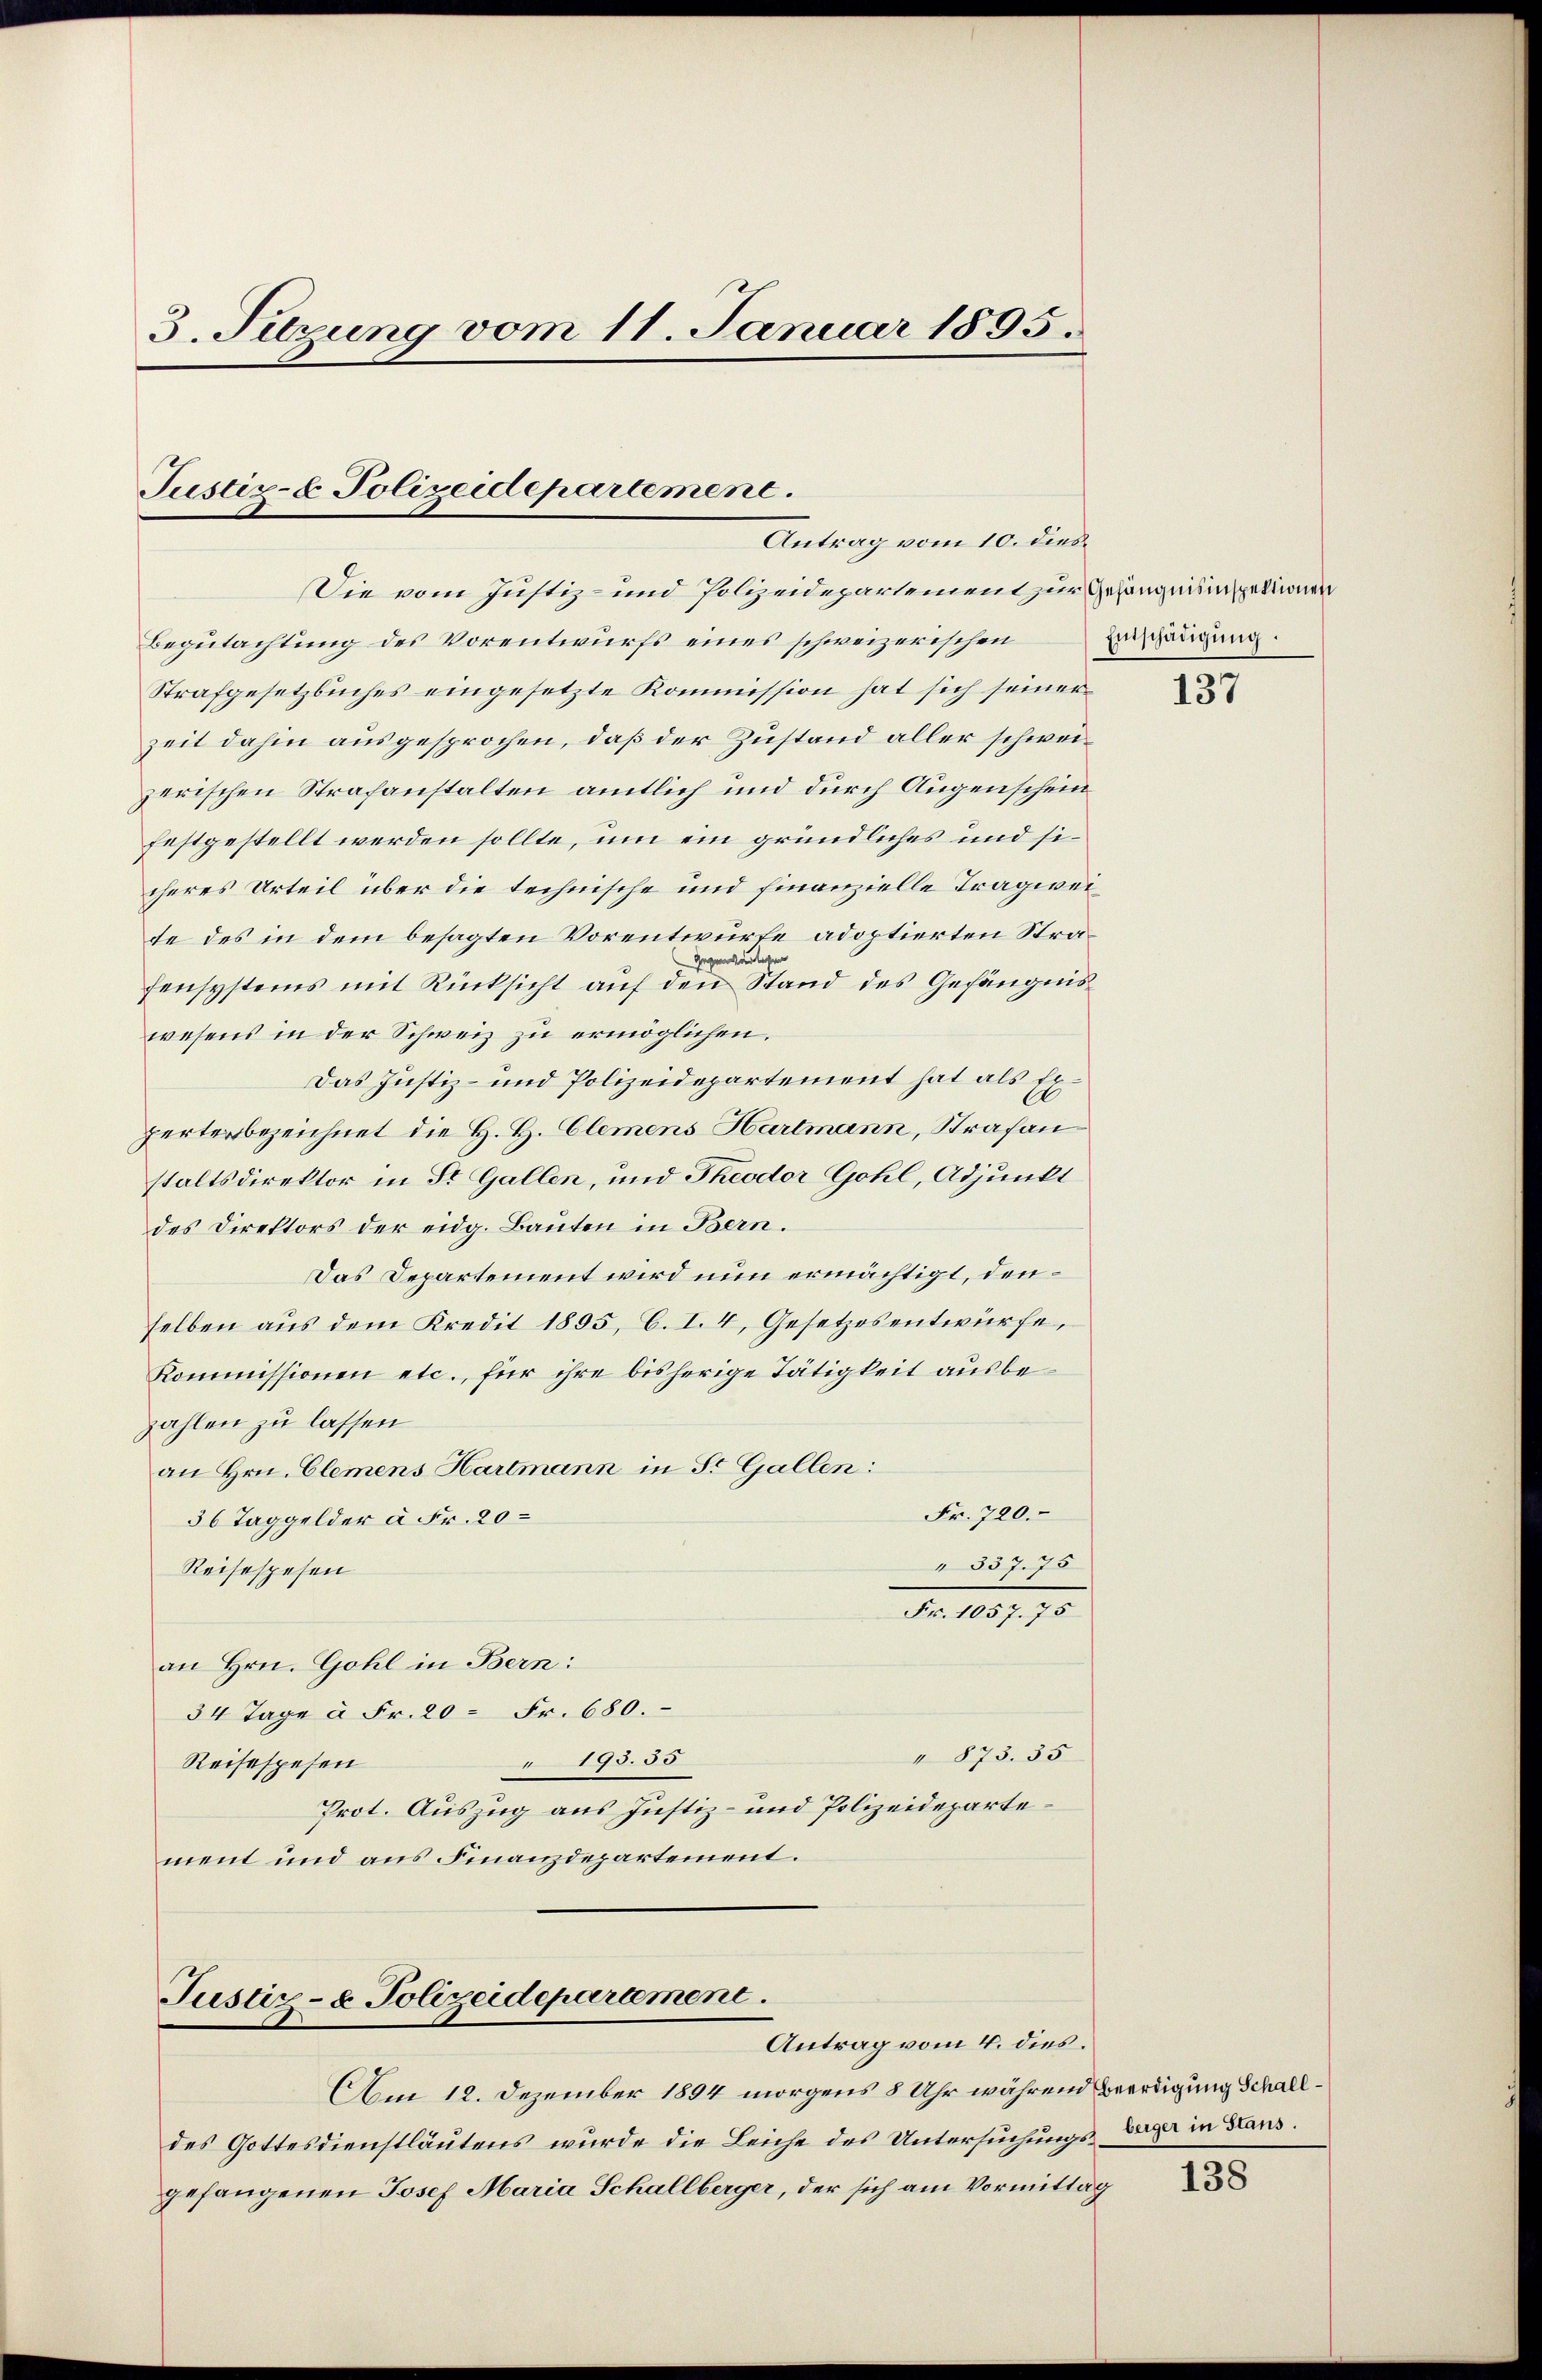
3. Sitzung vom 11. Januar 1895.

Justiz- & Polizeidepartement.
Antrag vom 10. dies

Die vom Justiz- und Polizeidepartement zur Gefangeningetronen
Begutachtung des Vorentwurfs eines schweizerischen
Strafgesetzbuches eingesetzte Kommission hat sich seiner
zeit dahin ausgesprochen, daß der Zustand aller schweizerischen Strafanstalten amtlich und durch Augenschein
festgestellt werden sollte, um ein gründliches und sicheres Urteil über die technische und finanzielle Tragweite des in dem besagten Vorentwurfe adoptierten Stra¬
Gegenwärtigen
fensystems mit Rücksicht auf den Stand des Gefängnis
wesens in der Schweiz zu ermöglichen.
Das Justiz- und Polizeidepartement hat als Experterbezeichnet die H. H. Clemens Hartmann, Strafan
staltsdirektor in St. Gallen, und Theodor Gohl, Adjunkt
des Direktors der eidg. Bauten in Bern.
Das Departement wird nun ermächtigt, denselben aŭs dem Kredit 1895, C. I. 4, Gesetzesentwürfe,
Kommissionen etc., für ihre bisherige Tätigkeit ausbezahlen zu lassen
an Hrn. Clemens Hartmann in St. Gallen:
Fr. 720.
36 Taggelder à Fr. 20
" 337. 75
Reisespesen
Nr. 1831. 75
an Hrn. Gohl in Bern:
34 Tage à Fr. 20 = Fr. 680.
" 873. 35
19555
Reisespesen
Prot. Auszug aus Justiz- und Polizeidepartement und aus Finanzdepartement.

Justiz- & Polizeidepartement.
Antrag vom 4. dies.

Am 12. Dezember 1894 morgens 8 Uhr während Beerdigung Schalldes Gottesdienstläutens wurde die Leiche des Untersuchungs- Lager in Haus.
gefangenen Josef Maria Schallberger, der sich am Vormittag

Einschädigŭng.

137

138